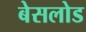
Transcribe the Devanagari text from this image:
बेसलोड